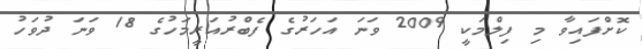
ކޮށްފައިވާ މި ފިލްމަކީ 2009 ވަނަ އަހަރުގެ ފެބްރުއަރީމަހުގެ 18 ވަނަ ދުވަހު